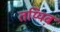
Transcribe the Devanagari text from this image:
तय्यिब़